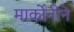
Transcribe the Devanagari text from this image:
मार्कोनीने